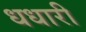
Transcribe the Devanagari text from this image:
धधारी